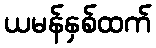
ယမန်နှစ်ထက်